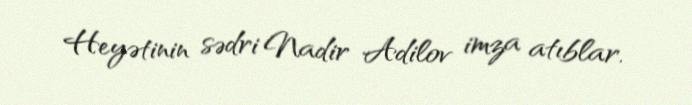
Heyətinin sədri Nadir Adilov imza atıblar.